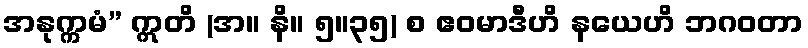
အနုက္ကမံ” ဣတိ (အ။ နိ။ ၅။၃၅) စ ဧဝမာဒီဟိ နယေဟိ ဘဂဝတာ